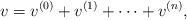
LaTeX: \begin{align*}v=v^{(0)}+v^{(1)}+\cdots + v^{(n)},\end{align*}